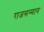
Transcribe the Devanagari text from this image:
राजसन्मान